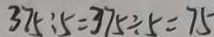
3 7 5 : 5 = 3 7 5 \div 5 = 7 5